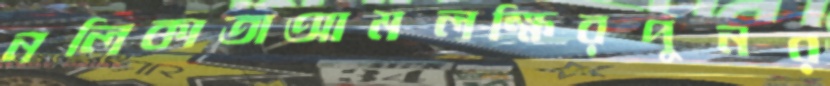
নলিকাতাআমলক্ষিরপুনর